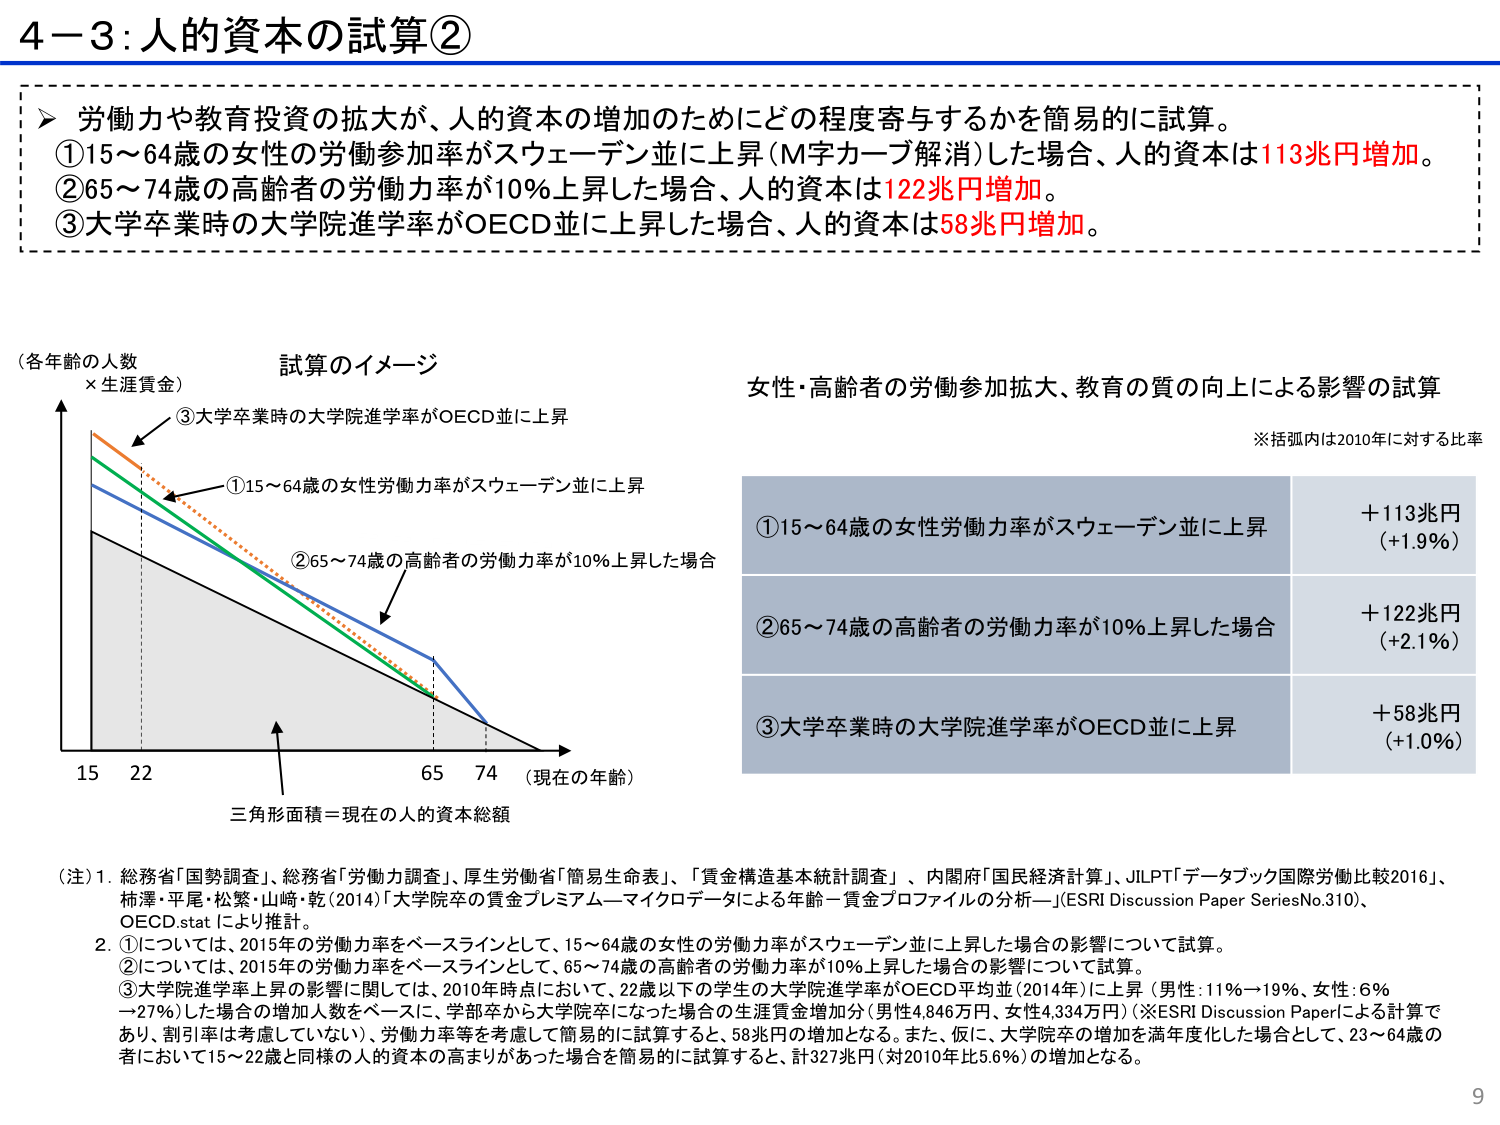
4－3：人的資本の試算②

▶ 労働力や教育投資の拡大が、人的資本の増加のためにどの程度寄与するかを簡易的に試算。
①15～64歳の女性の労働参加率がスウェーデン並に上昇（M字カーブ解消）した場合、人的資本は113兆円増加。
②65～74歳の高齢者の労働力率が10％上昇した場合、人的資本は122兆円増加。
③大学卒業時の大学院進学率がOECD並に上昇した場合、人的資本は58兆円増加。

（各年齢の人数
×生涯賃金）

試算のイメージ

③大学卒業時の大学院進学率がOECD並に上昇
①15～64歳の女性労働力率がスウェーデン並に上昇
②65～74歳の高齢者の労働力率が10％上昇した場合

15　22　　　　　　　　　　　65　74　（現在の年齢）

三角形面積＝現在の人的資本総額

女性・高齢者の労働参加拡大、教育の質の向上による影響の試算

※括弧内は2010年に対する比率

①15～64歳の女性労働力率がスウェーデン並に上昇　　　　　　　　＋113兆円
　　　　　　　　　　　　　　　　　　　　　　　　　　　　　　　　（＋1.9％）

②65～74歳の高齢者の労働力率が10％上昇した場合　　　　　　　　＋122兆円
　　　　　　　　　　　　　　　　　　　　　　　　　　　　　　　　（＋2.1％）

③大学卒業時の大学院進学率がOECD並に上昇　　　　　　　　　　　＋58兆円
　　　　　　　　　　　　　　　　　　　　　　　　　　　　　　　　（＋1.0％）

（注）1．総務省「国勢調査」、総務省「労働力調査」、厚生労働省「簡易生命表」、「賃金構造基本統計調査」、内閣府「国民経済計算」、JILPT「データブック国際労働比較2016」、
　　柿澤・平尾・松繁・山崎・乾（2014）「大学院卒の賃金プレミアム－マイクロデータによる年齢－賃金プロファイルの分析－」（ESRI Discussion Paper SeriesNo.310）、
　　OECD.stat により推計。

　　2．①については、2015年の労働力率をベースラインとして、15～64歳の女性の労働力率がスウェーデン並に上昇した場合の影響について試算。
　　②については、2015年の労働力率をベースラインとして、65～74歳の高齢者の労働力率が10％上昇した場合の影響について試算。
　　③大学院進学率上昇の影響に関しては、2010年時点において、22歳以下の学生の大学院進学率がOECD平均並（2014年）に上昇（男性：11％→19％、女性：6％
　　→27％）した場合の増加人数をベースに、学部卒から大学院卒になった場合の生涯賃金増加分（男性4,846万円、女性4,334万円）（※ESRI Discussion Paperによる計算で
　　あり、割引率は考慮していない）、労働力率等を考慮して簡易的に試算すると、58兆円の増加となる。また、仮に、大学院卒の増加を満年度化した場合として、23～64歳の
　　者において15～22歳と同様の人的資本の高まりがあった場合を簡易的に試算すると、計327兆円（対2010年比5.6％）の増加となる。

9